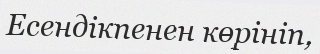
Есендікпенен көрініп,